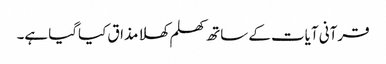
قرآنی آیات کے ساتھ کھلم کھلا مذاق کیاگیا ہے۔